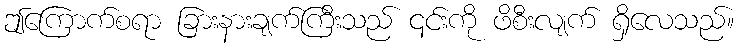
ဤကြောက်စရာ ခြားနားချက်ကြီးသည် ၎င်းကို ဖိစီးလျက် ရှိလေသည်။